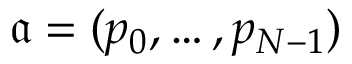
{ \mathfrak { a } } = ( p _ { 0 } , \dotsc , p _ { N - 1 } )